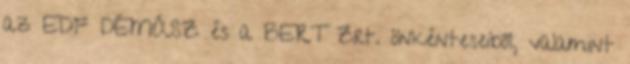
az EDF DÉMÁSZ és a BERT Zrt. önkénteseiből, valamint